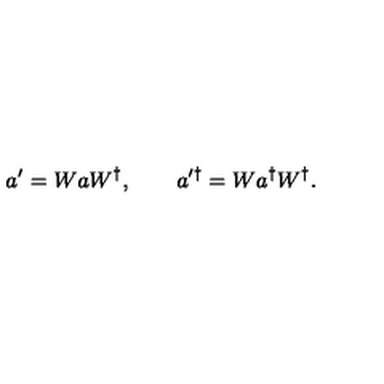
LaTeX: a ^ { \prime } = W a W ^ { \dagger } , \qquad a ^ { \prime \dagger } = W a ^ { \dagger } W ^ { \dagger } .